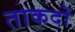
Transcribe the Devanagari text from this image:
ताकदों